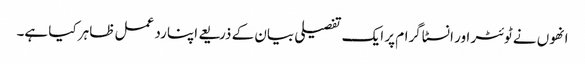
انھوں نے ٹوئٹر اور انسٹاگرام پر ایک تفصیلی بیان کے ذریعے اپنا رد عمل ظاہر کیا ہے۔